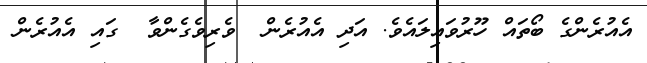
އެއުރެންގެ ބޯތައް ހޫރުވައިލައެވެ. އަދި އެއުރެން  ވެރިވެގެންވާ  ގައި އެއުރެން